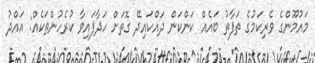
މައުމޫންގެ ވެރިކަމުގެ ތަފާތު ބައެއް ކަންކަން ދައްކައިދޭ ގޮތަށް ހަދާފައިވާ ކުރެހުންތަކެއް: އައްދު